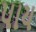
પાય